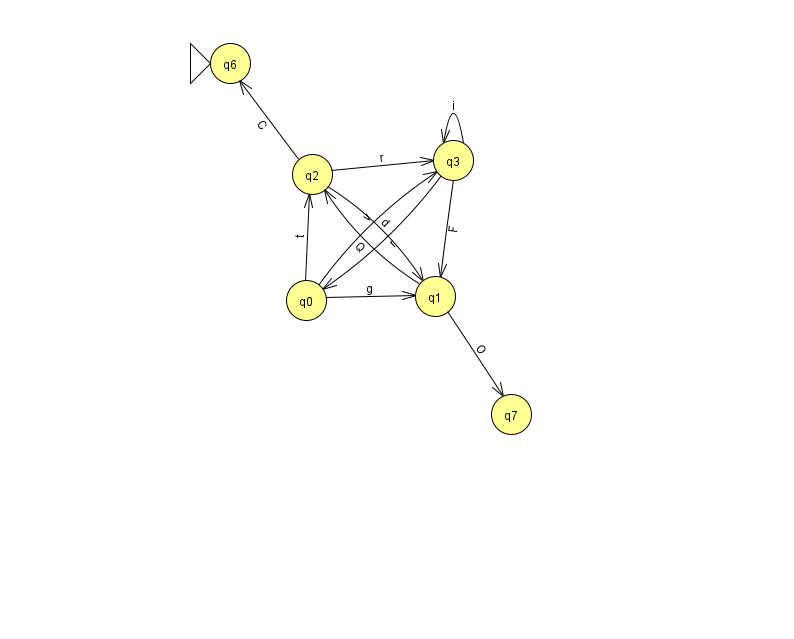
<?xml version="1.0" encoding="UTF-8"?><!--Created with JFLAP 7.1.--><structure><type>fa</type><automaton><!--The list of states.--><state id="0" name="q0"><x>306.0</x><y>287.0</y></state><state id="1" name="q1"><x>435.0</x><y>283.0</y></state><state id="2" name="q2"><x>312.0</x><y>161.0</y></state><state id="3" name="q3"><x>453.0</x><y>147.0</y></state><state id="6" name="q6"><x>230.0</x><y>50.0</y><initial/></state><state id="7" name="q7"><x>511.0</x><y>401.0</y></state><!--The list of transitions.--><transition><from>2</from><to>3</to><read>r</read></transition><transition><from>2</from><to>1</to><read>d</read></transition><transition><from>3</from><to>1</to><read>F</read></transition><transition><from>1</from><to>2</to><read>Q</read></transition><transition><from>1</from><to>7</to><read>O</read></transition><transition><from>2</from><to>6</to><read>C</read></transition><transition><from>0</from><to>1</to><read>g</read></transition><transition><from>3</from><to>3</to><read>i</read></transition><transition><from>3</from><to>0</to><read>r</read></transition><transition><from>0</from><to>2</to><read>t</read></transition><transition><from>0</from><to>3</to><read>v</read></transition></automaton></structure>